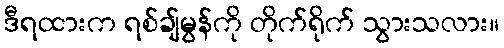
ဒီရထားက ရစ်ချ်မွန်ကို တိုက်ရိုက် သွားသလား။